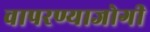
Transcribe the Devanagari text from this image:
वापरण्याजोगी